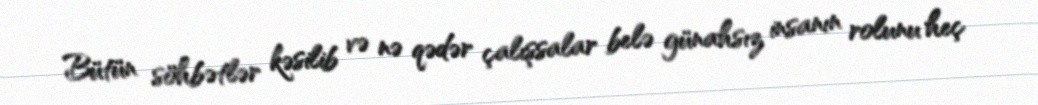
Bütün söhbətlər kəsilib və nə qədər çalışsalar belə günahsız insanın rolunu heç